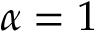
\alpha = 1